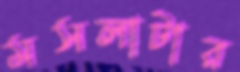
মসলাটার